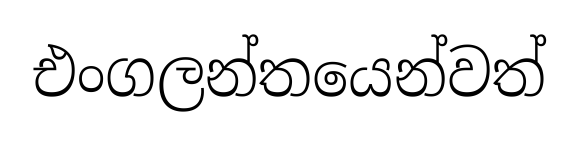
එංගලන්තයෙන්වත්